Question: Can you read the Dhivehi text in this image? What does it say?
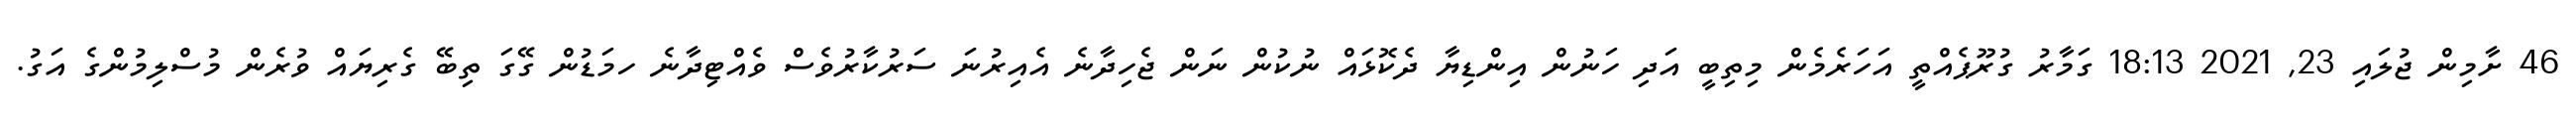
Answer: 46 ށާމިން ޖުލައި 23, 2021 18:13 ގަމާރު ގުރޫޕެއްތީ އަހަރެމެން މިތިބީ އަދި ހަނުން އިންޑިޔާ ދެކޮޅައް ނުކުން ނަން ޖެހިދާނެ އެއިރުނަ ސަރުކާރުވެސް ވެއްޓިދާނެ ހމަޑުން ގޭގަ ތިބޭ ގެރިޔައް ވުރެން މުސްލިމުންގެ އަގު.